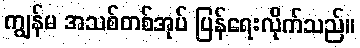
ကျွန်မ အသစ်တစ်အုပ် ပြန်ရေးလိုက်သည်။